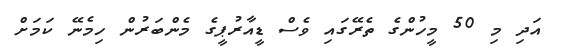
އަދި މި 50 މީހުންގެ ތެރޭގައި ވެސް ޑީއާރުޕީގެ މެންބަރުން ހިމެނޭ ކަމަށް